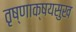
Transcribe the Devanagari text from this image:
तृष्णाक्षयसुख